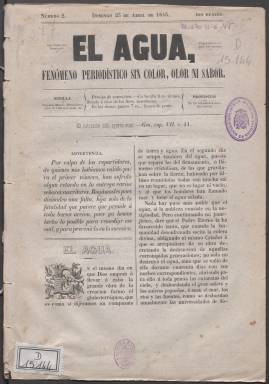
Título: El Agua (Sevilla)
Colección: Periódicos anteriores a 1850
Ámbito geográfico: Sevilla
Fechas: 23/04/1843-11/06/1843